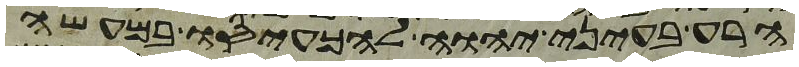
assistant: הרע בעיני יהוה להכעיסו במעשה